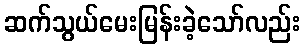
ဆက်သွယ်မေးမြန်းခဲ့သော်လည်း